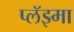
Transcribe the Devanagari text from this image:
प्लॅझ्मा